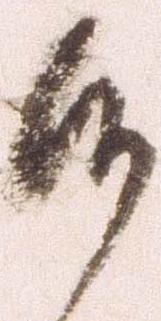
候